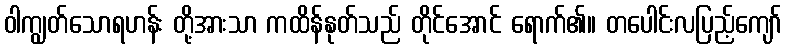
ဝါကျွတ်သောရဟန်း တို့အားသာ ကထိန်နုတ်သည် တိုင်အောင် ရောက်၏။ တပေါင်းလပြည့်ကျော်